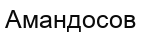
Амандосов